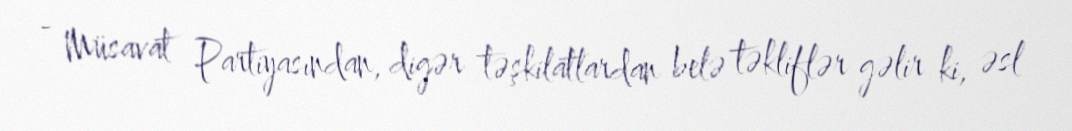
- Müsavat Partiyasından, digər təşkilatlardan belə təkliflər gəlir ki, əsl